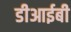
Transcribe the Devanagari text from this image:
डीआईबी